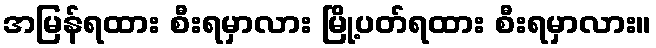
အမြန်ရထား စီးရမှာလား မြို့ပတ်ရထား စီးရမှာလား။